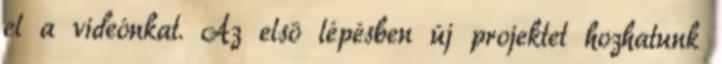
el a videónkat. Az elsõ lépésben új projektet hozhatunk